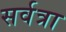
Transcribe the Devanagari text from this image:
सर्वत्रा